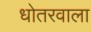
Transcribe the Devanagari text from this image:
धोतरवाला